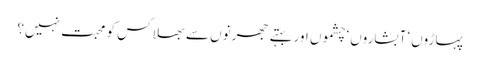
پہاڑوں‘ آبشاروں‘ چشموں اور بہتے جھرنوں سے بھلا کس کو محبت نہیں؟